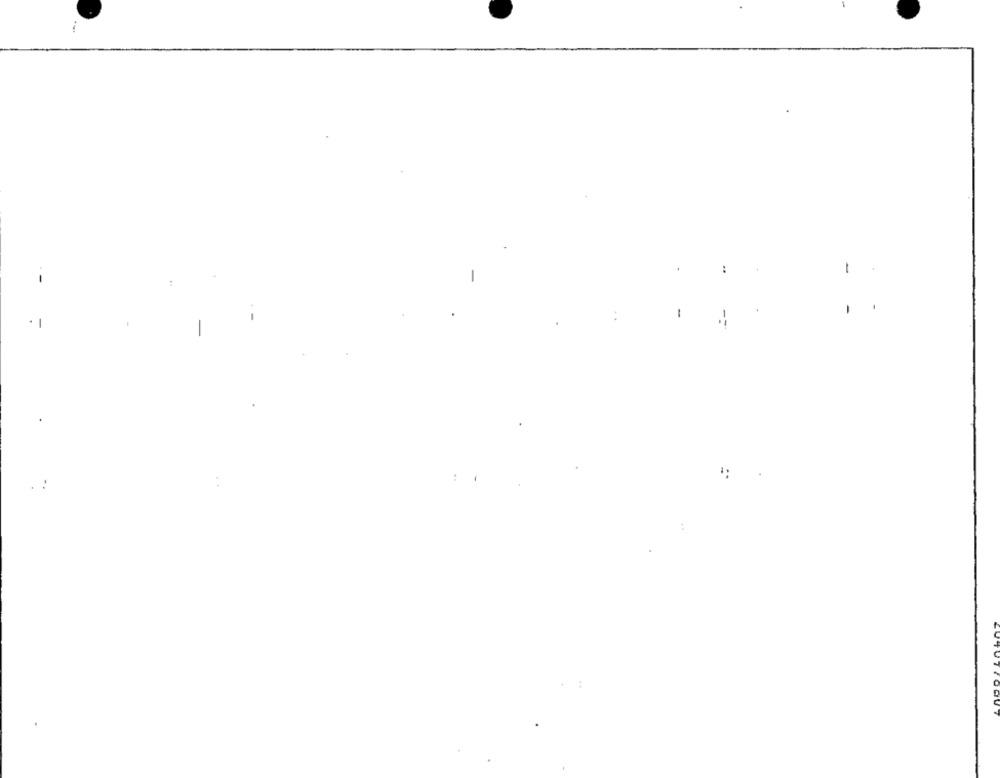
..
1
-